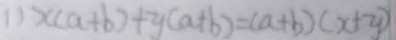
1 ) x ( a + b ) + y ( a + b ) = ( a + b ) ( x + y )